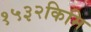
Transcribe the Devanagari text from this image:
१५३२किमि